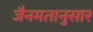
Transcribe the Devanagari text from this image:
जैनमतानुसार